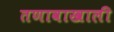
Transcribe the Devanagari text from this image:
तणावाखाली